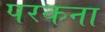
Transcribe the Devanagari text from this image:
परकना